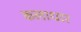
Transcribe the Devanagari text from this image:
कलाधार